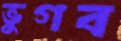
ভুগব